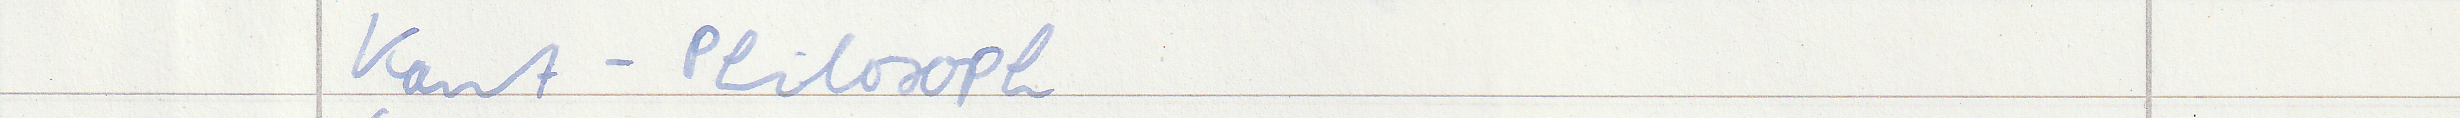
Kant - Philosoph